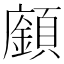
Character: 𩕅